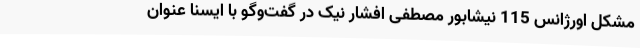
مشکل اورژانس 115 نیشابور مصطفی افشار نیک در گفت‌وگو با ایسنا عنوان